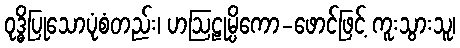
ဝုဒ္ဓိပြုသောပုံစံတည်း၊ ဟဩဠုမ္ပိကော-ဖောင်ဖြင့် ကူးသွားသူ၊